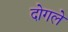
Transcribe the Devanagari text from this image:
दोगले